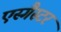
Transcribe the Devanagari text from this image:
एस्गैस्टर